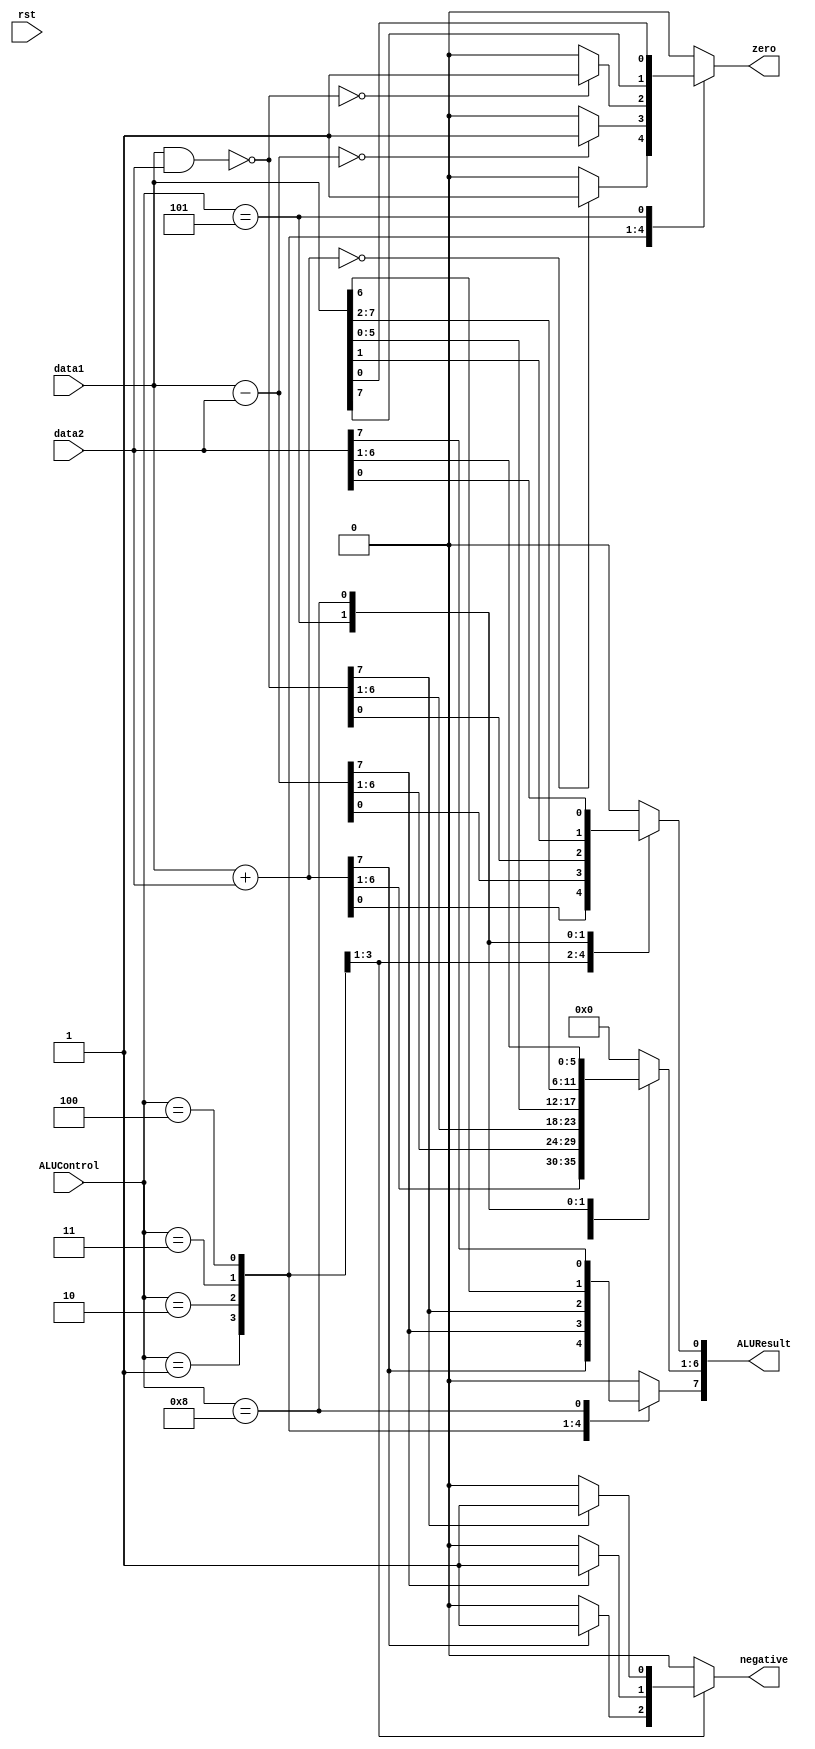

module ALU(data1, data2, ALUControl, zero, negative, ALUResult, rst);

input wire rst;
input wire signed [7:0] data1,data2;
input wire [3:0] ALUControl;
output reg zero,negative;
output reg signed [7:0] ALUResult;

parameter NOP = 4'b0000;
parameter ADD = 4'b0001;
parameter SUB = 4'b0010;
parameter NAND = 4'b0011;
parameter SHL = 4'b0100;
parameter SHR = 4'b0101;
parameter OUT = 4'b0110;
parameter IN = 4'b0111;
parameter MOV = 4'b1000;

always @(ALUControl, data1, data2)
begin
zero = 1'b0;
negative = 1'b0;
case(ALUControl)
	ADD: 
		begin	
		ALUResult = data1 + data2;
		if( ALUResult == 0)
		zero = 1'b1;
		else 
		zero = 1'b0;
		if (ALUResult[7] == 1'b1)
		negative = 1'b1;
		else 
		negative = 1'b0;
		end

	SUB:
		begin
		ALUResult = data1 - data2;
		if( ALUResult == 0)
		zero = 1'b1;
		else 
		zero = 1'b0;
		if (ALUResult[7] == 1'b1)
		negative = 1'b1;
		else 
		negative = 1'b0;
		end

		
	NAND:
		begin
		ALUResult = ~(data1 & data2);
		if( ALUResult == 0)
		zero = 1'b1;
		else 
		zero = 1'b0;
		if (ALUResult[7] == 1'b1)
		negative = 1'b1;
		else 
		negative = 1'b0;
		end

	SHL:
		begin
		zero =data1[7];
		ALUResult[7:1] = data1[6:0];
		ALUResult[0] = 1'b0;
		end
	SHR:
		begin
		zero=data1[0];
		ALUResult[6:0] = data1[7:1];
		ALUResult[7] = 1'b0;
		end
	MOV:
		ALUResult = data2;
	default: ALUResult = 0;
endcase
end

endmodule